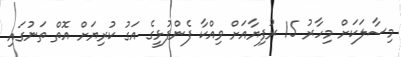
މިސާލަކަށް މިހާރު 15 ރުފިޔާއަށް ވިއްކާ ފެންފުޅީގެ އަގު ކުރިޔަށް އޮތް ތަނުގައި